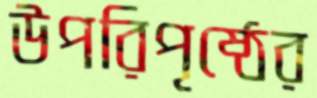
উপরিপৃষ্ঠের